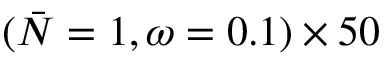
( \bar { N } = 1 , \omega = 0 . 1 ) \times 5 0